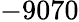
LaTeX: -9070